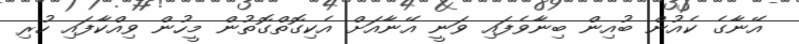
އޭނާގެ ކެއުން ބުއިން ބިނާވެފައި ވަނީ އޭނާއަށް އެކިގޮތްގޮތުން މީހުން ވިއްކާފައި ހުރި